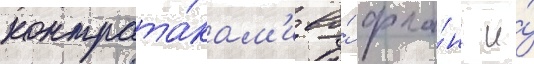
контрата́кам'и во́ фла́нг и́